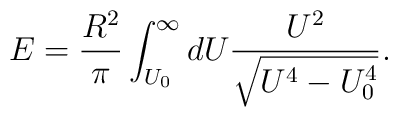
E = \frac{R^2}{\pi}\int_{U_0}^\infty dU \frac{U^2}{\sqrt{U^4 - U_0    ^4}}.